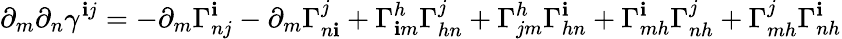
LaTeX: \partial_{m}\partial_{n}\gamma^{\mathbf{i}j}=-\partial_{m}\Gamma_{nj}^{\mathbf{i}}-\partial_{m}\Gamma_{n\mathbf{i}}^{j}+\Gamma_{\mathbf{i}m}^{h}\Gamma_{hn}^{j}+\Gamma_{jm}^{h}\Gamma_{hn}^{\mathbf{i}}+\Gamma_{mh}^{\mathbf{i}}\Gamma_{nh}^{j}+\Gamma_{mh}^{j}\Gamma_{nh}^{\mathbf{i}}